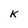
Character: K